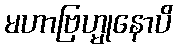
မဟာဗြဟ္မုနောပိ